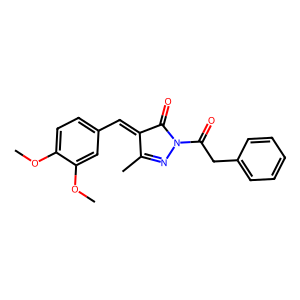
SMILES: COc1ccc(C=C2C(=O)N(C(=O)Cc3ccccc3)N=C2C)cc1OC
Inhibits HIV replication: No